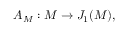
A _ { M } : M \to J _ { 1 } ( M ) ,